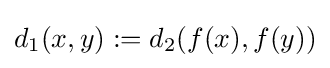
d_{1}(x,y):=d_{2}(f(x),f(y))